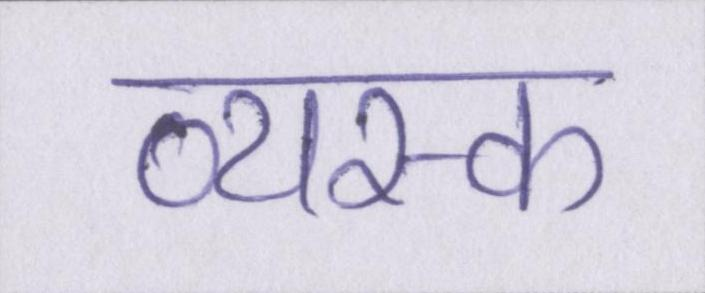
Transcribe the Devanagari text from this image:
व्यस्क